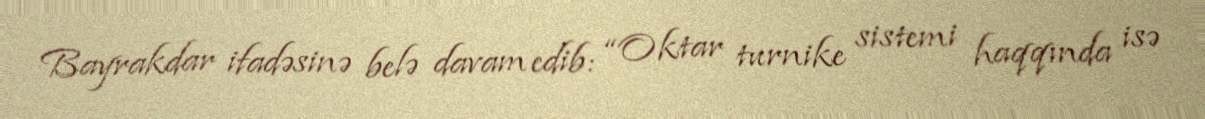
Bayrakdar ifadəsinə belə davam edib: “Oktar turnike sistemi haqqında isə